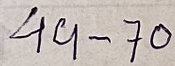
49 - 70